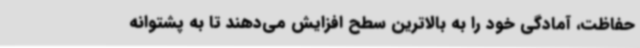
حفاظت، آمادگی خود را به بالاترین سطح افزایش می‌دهند تا به پشتوانه